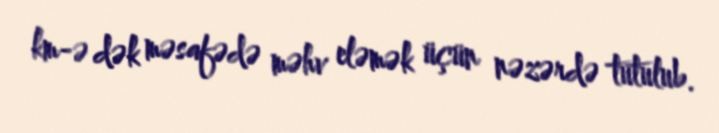
km-ə dək məsafədə məhv eləmək üçün nəzərdə tutulub.